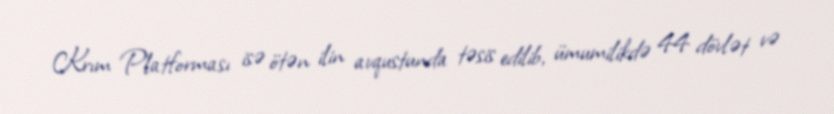
Krım Platforması isə ötən ilin avqustunda təsis edilib, ümumilikdə 44 dövlət və